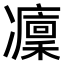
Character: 𠘡